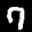
Label: 7